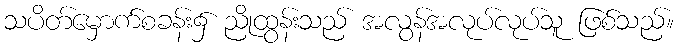
သပိတ်မှောက်စခန်း၌ ညိုထွန်းသည် အလွန်အလုပ်လုပ်သူ ဖြစ်သည်။